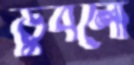
ডুবলো